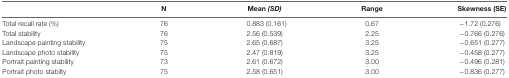
<table><thead><tr><td></td><td><b>N</b></td><td><b>Mean <i>(SD)</i></b></td><td><b>Range</b></td><td><b>Skewness (SE)</b></td></tr></thead><tbody><tr><td>Total recall rate (%)</td><td>76</td><td>0.883 (0.161)</td><td>0.67</td><td>−1.72 (0.276)</td></tr><tr><td>Total stability</td><td>76</td><td>2.56 (0.539)</td><td>2.25</td><td>−0.766 (0.276)</td></tr><tr><td>Landscape painting stability</td><td>75</td><td>2.65 (0.687)</td><td>3.25</td><td>−0.651 (0.277)</td></tr><tr><td>Landscape photo stability</td><td>75</td><td>2.47 (0.819)</td><td>3.25</td><td>−0.458 (0.277)</td></tr><tr><td>Portrait painting stability</td><td>73</td><td>2.61 (0.672)</td><td>3.00</td><td>−0.496 (0.281)</td></tr><tr><td>Portrait photo stabilty</td><td>75</td><td>2.58 (0.651)</td><td>3.00</td><td>−0.836 (0.277)</td></tr></tbody></table>